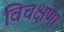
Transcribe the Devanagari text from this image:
विचक्षणा